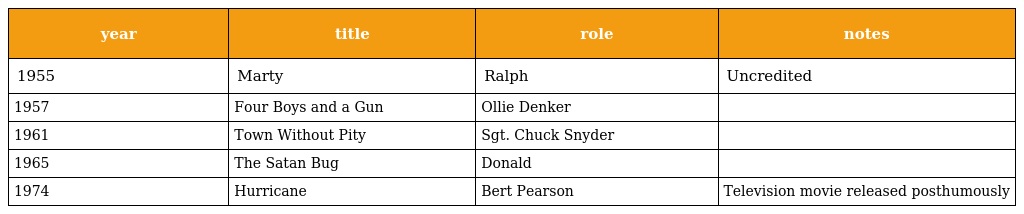
| year | title | role | notes |
 | --- | --- | --- | --- |
 | 1955 | Marty | Ralph | Uncredited |
 | 1957 | Four Boys and a Gun | Ollie Denker |  |
 | 1961 | Town Without Pity | Sgt. Chuck Snyder |  |
 | 1965 | The Satan Bug | Donald |  |
 | 1974 | Hurricane | Bert Pearson | Television movie released posthumously |